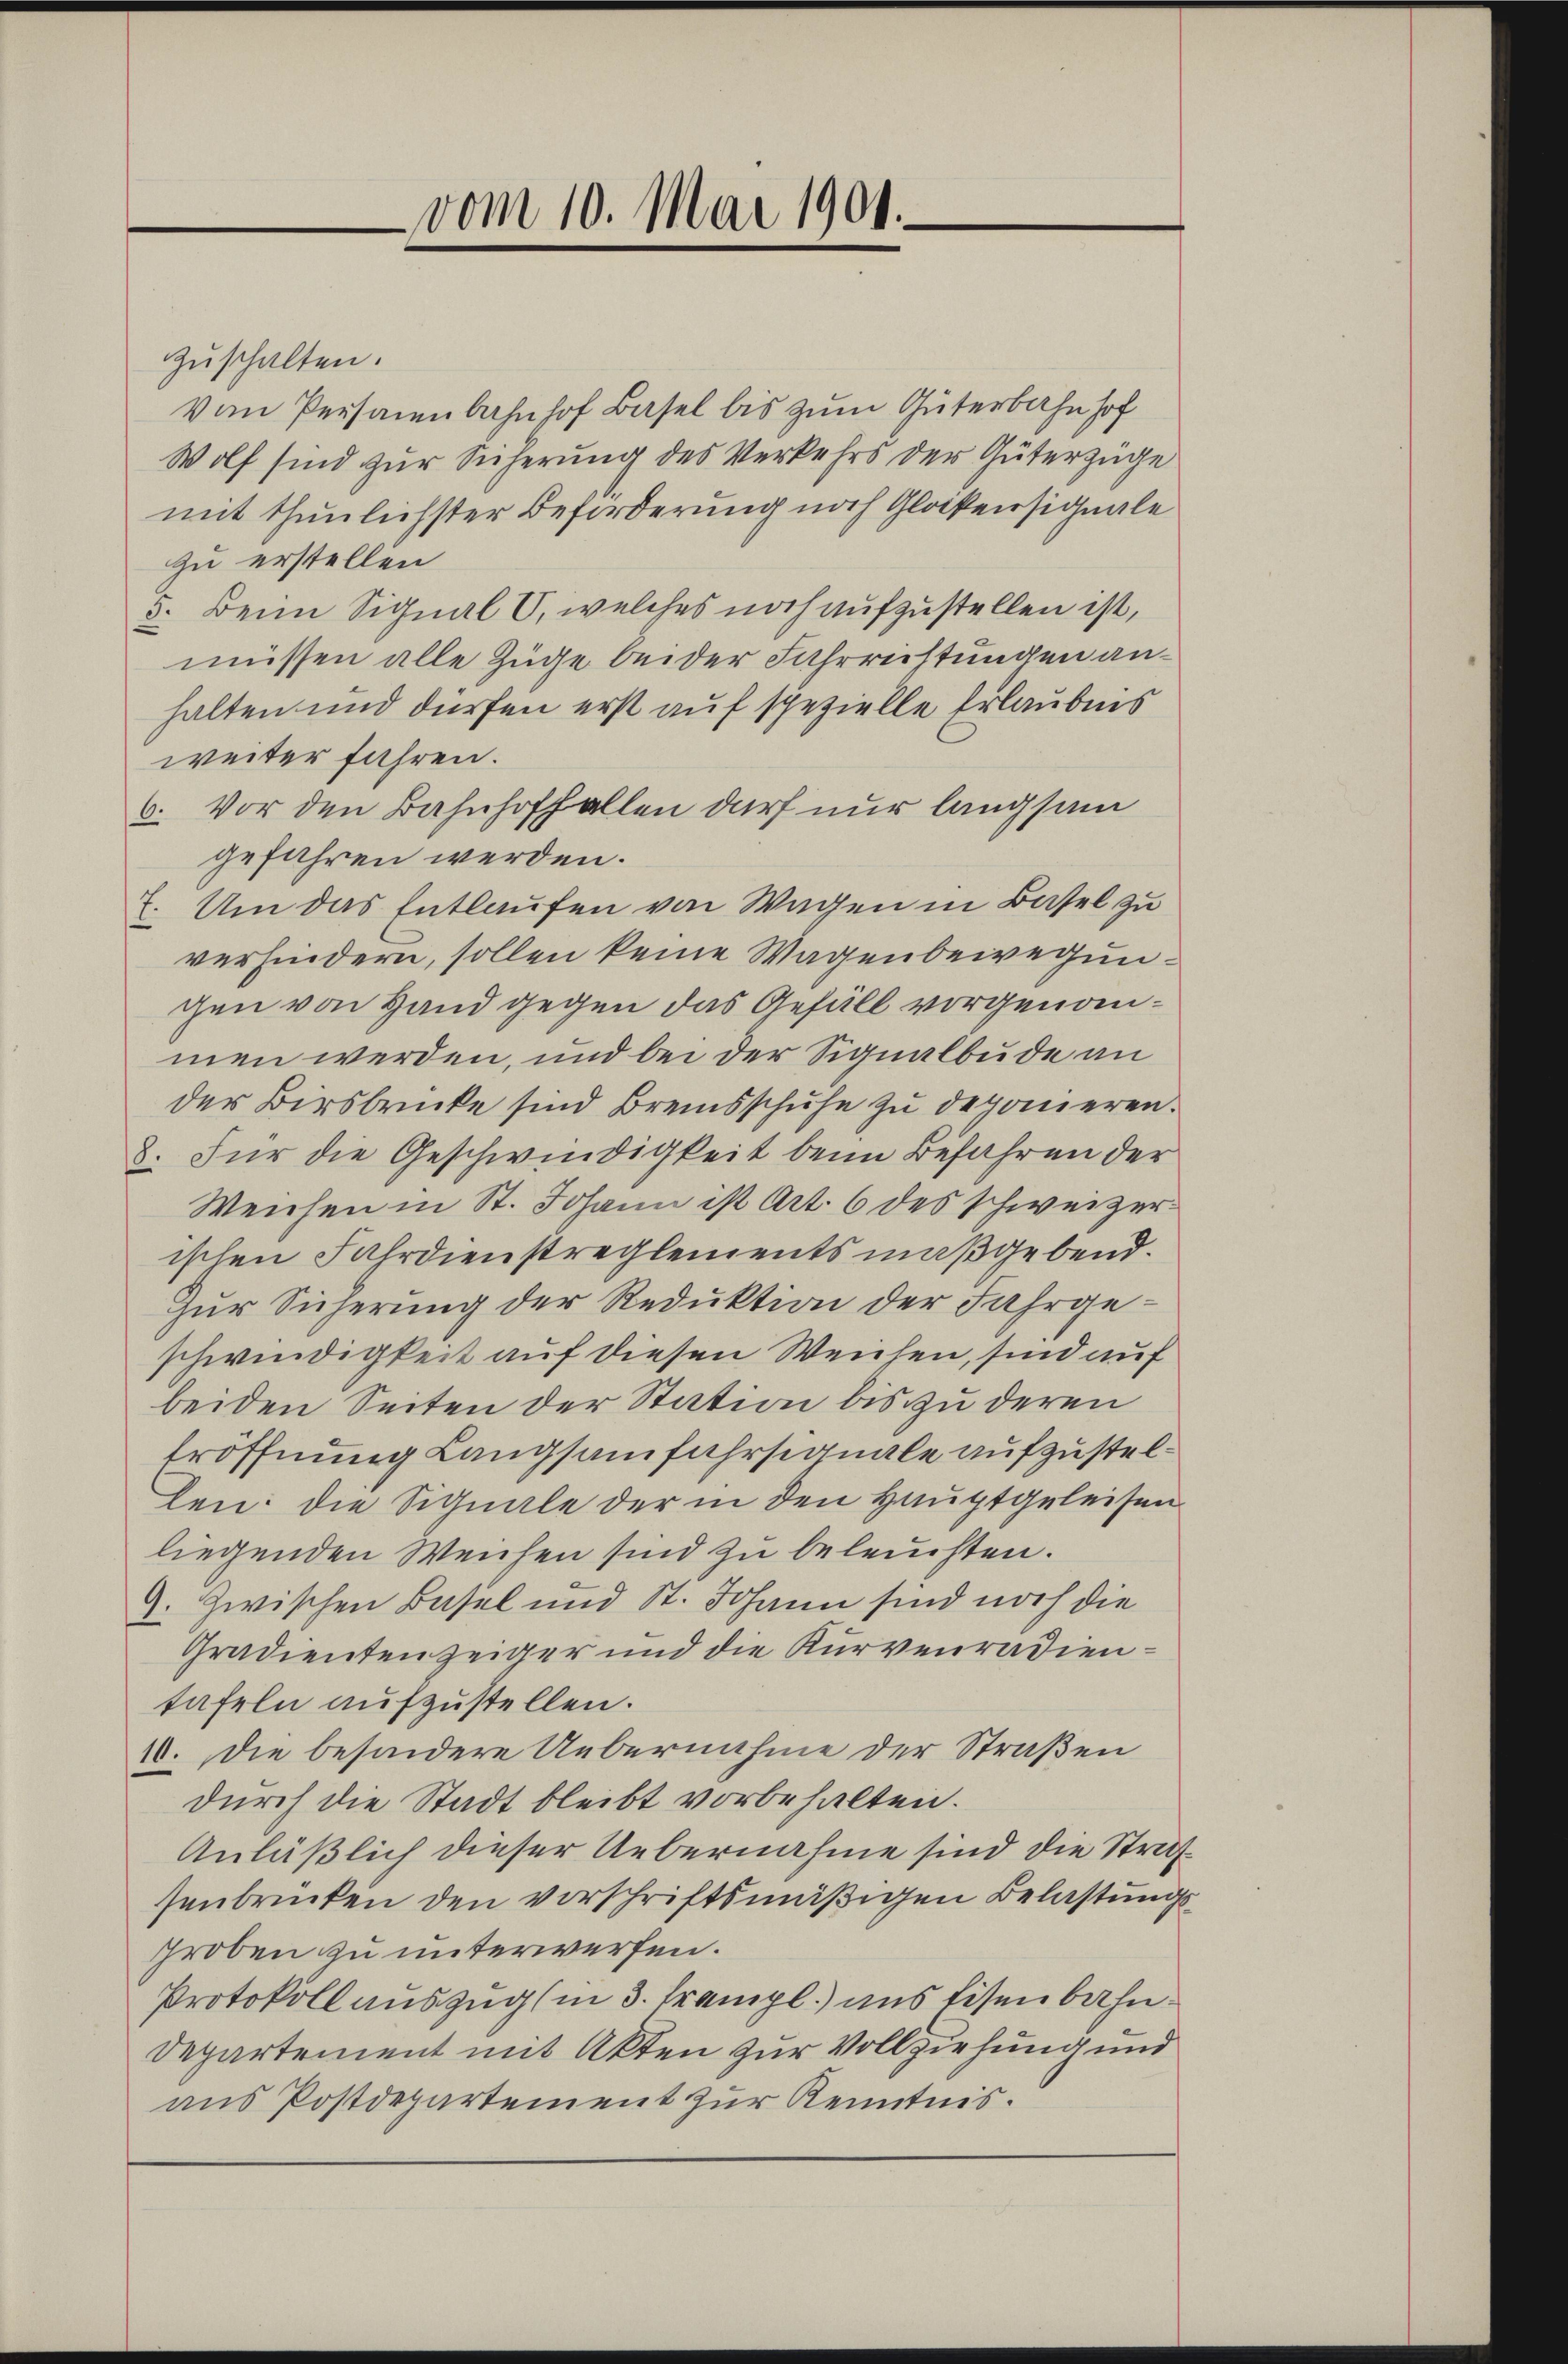
vom 10. Mai 1901.

zŭschalten.
von Personenbahnhof Basel bis zum Güterbahnhof
Wolf sind zur Sicherung des Verkehrs der Güterzüge
mit thunlichster Beförderung noch Glockensignale
zu erstellen
5. Beim Signal C, welches noch aufzustellen ist,
müssen alle Züge beider Fahrrichtungen anhalten und dürfen erst auf spezielle Erlaubnis
weiter fahren.
6. Vor den Bahnhoffallen darf nur langsam
gefahren werden.
7. Um das Entlaufen von Wagen in Basel zu
verhindern, sollen keine Wagenbewegungen von Hand gegen das Gefäll vorgenommen werden, und bei der Signalbude an
der Birsbrücke sind Breisschuhe zu deponieren.
8. Für die Geschwindigkeit beim Befahren der
Weichen in St. Johann ist Art. 6 des schweizerischen Fahrdienstreglements maßgebend.
zur Sicherung der Reduktion der Fahrgeschwindigkeit auf diesen Weichen, sind auf
beiden Seiten der Station bis zu deren
Eröffnung Langsamfahrsignale aufzustellen: die Signale der in den Hauptgeleisen
liegenden Weichen sind zu beleuchten.
9. Zwischen Basel und St. Johann sind noch die
Gradienten zeiger und die Kurvenradientafeln aufzustellen.
10. Die besondere Uebernahme der Straßen
durch die Stadt bleibt vorbehalten.
Anläßlich dieser Uebernahme sind die Strafsenbrücken den vorschriftsmäßigen Belastungsgroben zu unterwerfen.
Protokoll auszug (in 3. krampl. aus Eisenbahn¬
Departement mit Akten zur Vollziehung und
aus Postdepartement zur Kenntnis.